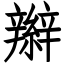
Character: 辮